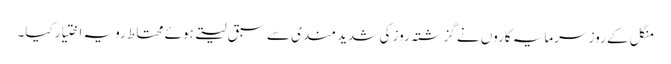
منگل کے روز سرمایہ کاروں نے گزشتہ روز کی شدید مندی سے سبق لیتے ہوئے محتاط رویہ اختیار کیا۔